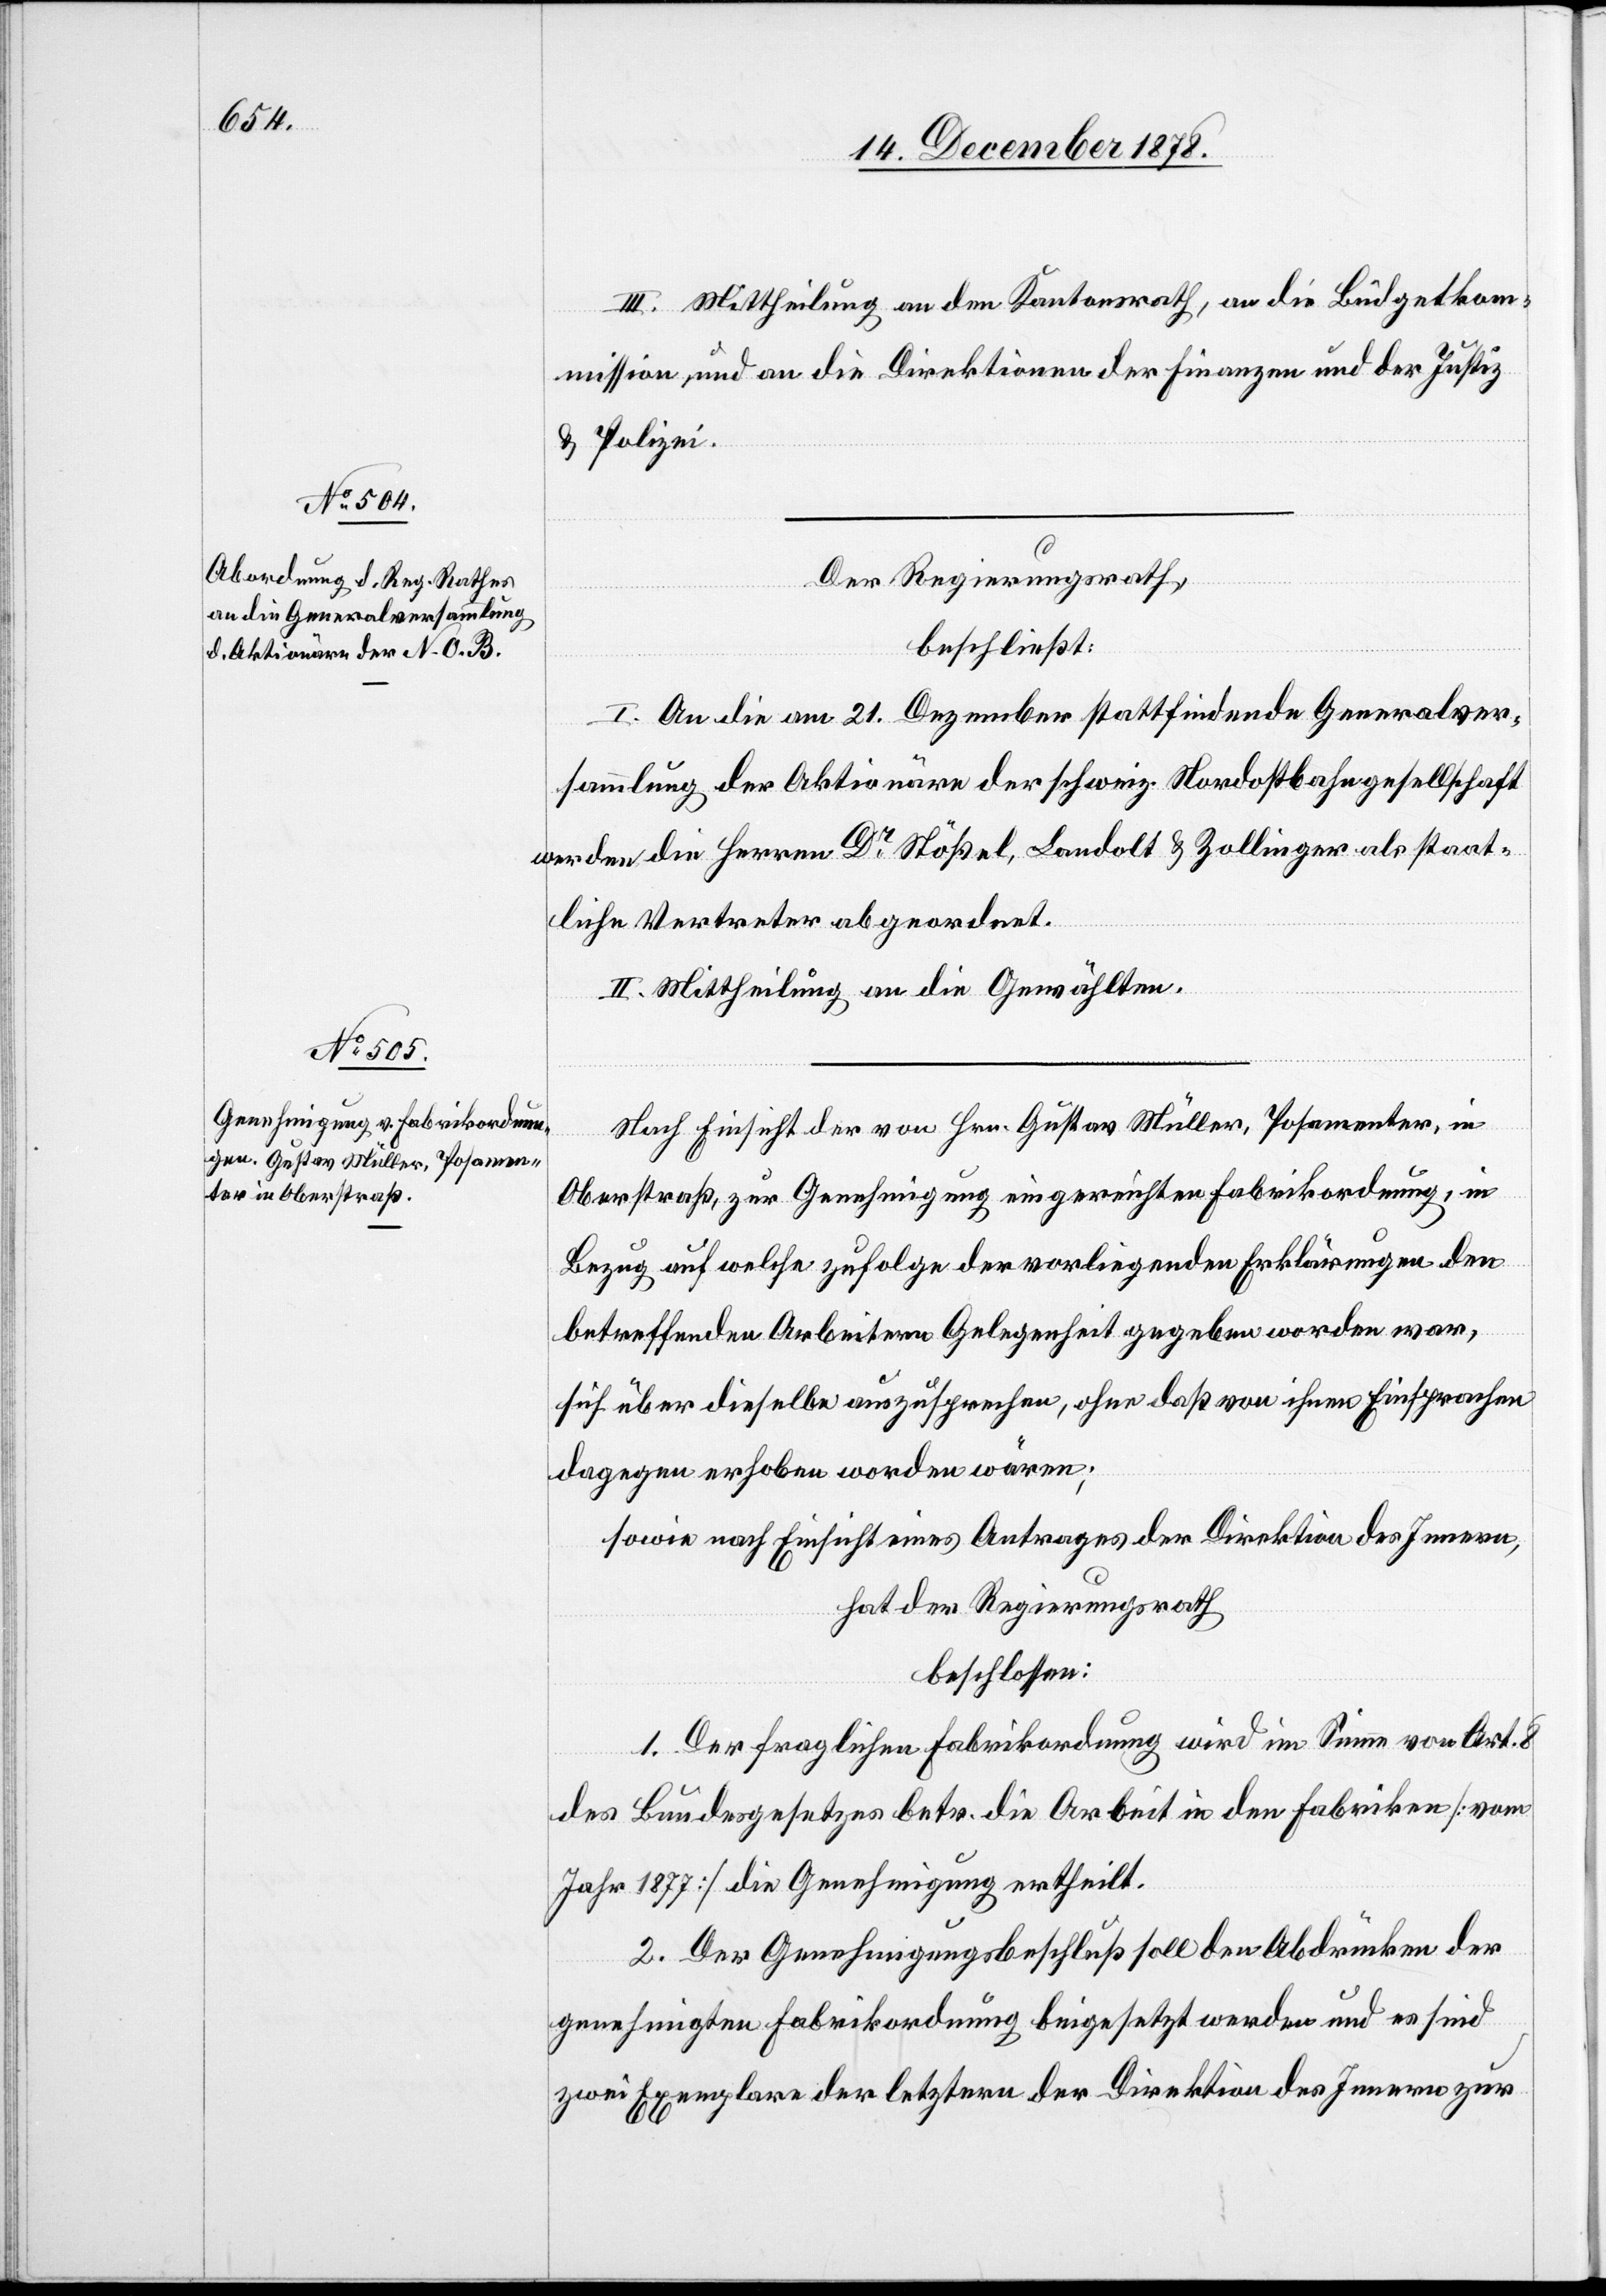
Der Regierungsrath,
beschließt:
I. An die am 21. Dezember stattfindende Generalver¬
sammlung der Aktionäre der schweiz. Nordostbahngesellschaft
werden die Herren Dr Stößel, Landolt & Zollinger als staat¬
liche Vertreter abgeordnet.
II. Mittheilung an die Gewählten.
Nach Einsicht der von Hrn. Gustav Müller, Posameter, in
Oberstraß, zur Genehmigung eingereichten Fabrikordnung, in
Bezug auf welche zufolge der vorliegenden Erklärungen den
betreffenden Arbeitern Gelegenheit gegeben worden war,
sich über dieselbe auszusprechen, ohne daß von ihnen Einsprachen
dagegen erhoben worden wären;
sowie nach Einsicht eines Antrages der Direktion des Innern,
hat der Regierungsrath
beschlossen:
1. Der fraglichen Fabrikordnung wird im Sinne von Art. 8
des Bundesgesetzes betr. die Arbeit in den Fabriken [vom
Jahr 1877] die Genehmigung ertheilt.
2. Der Genehmigungsbeschluß soll den Abdrücken der
genehmigten Fabrikordnung beigesetzt werden und es sind
zwei Exemplare der letztern der Direktion des Innern zur